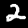
Label: 2